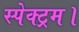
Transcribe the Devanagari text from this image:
स्पेक्ट्रम।